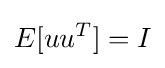
E[uu^{T}]=I